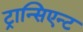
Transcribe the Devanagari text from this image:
ट्रान्सिएन्ट